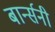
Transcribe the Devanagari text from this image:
बार्न्सनी